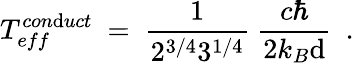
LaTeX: T_{eff}^{con\mathrm{d}uct}\ =\ \frac{{1}}{{2^{3/4}3^{1/4}}}\ \frac{{c\hbar}}{{2k_{B}\mathrm{d}}}\ \ .